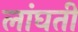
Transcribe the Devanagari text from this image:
लांघती